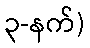
၃-နက်)